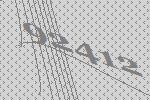
92412